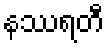
နဿရတီ